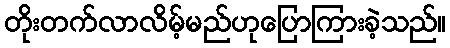
တိုးတက်လာလိမ့်မည်ဟုပြောကြားခဲ့သည်။